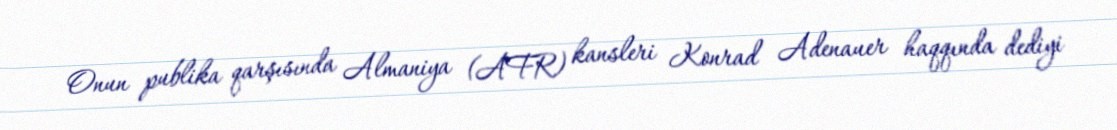
Onun publika qarşısında Almaniya (AFR) kansleri Konrad Adenauer haqqında dediyi